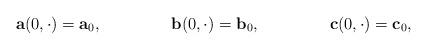
LaTeX: \begin{align*}\mathbf{a}(0,\cdot)&=\mathbf{a}_0,&\mathbf{b}(0,\cdot)&=\mathbf{b}_0,&\mathbf{c}(0,\cdot)&=\mathbf{c}_0,\end{align*}